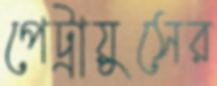
পেট্রায়ুসের